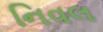
નિવલ